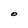
Character: O